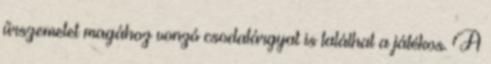
űrszemetet magához vonzó csodatárgyat is találhat a játékos. A